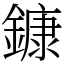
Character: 鏮